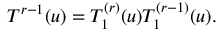
{ \cal T } ^ { r - 1 } ( u ) = T _ { 1 } ^ { ( r ) } ( u ) T _ { 1 } ^ { ( r - 1 ) } ( u ) .